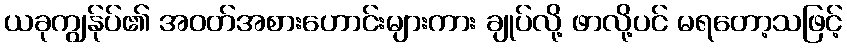
ယခုကျွန်ုပ်၏ အဝတ်အစားဟောင်းများကား ချုပ်လို့ ဖာလို့ပင် မရတော့သဖြင့်